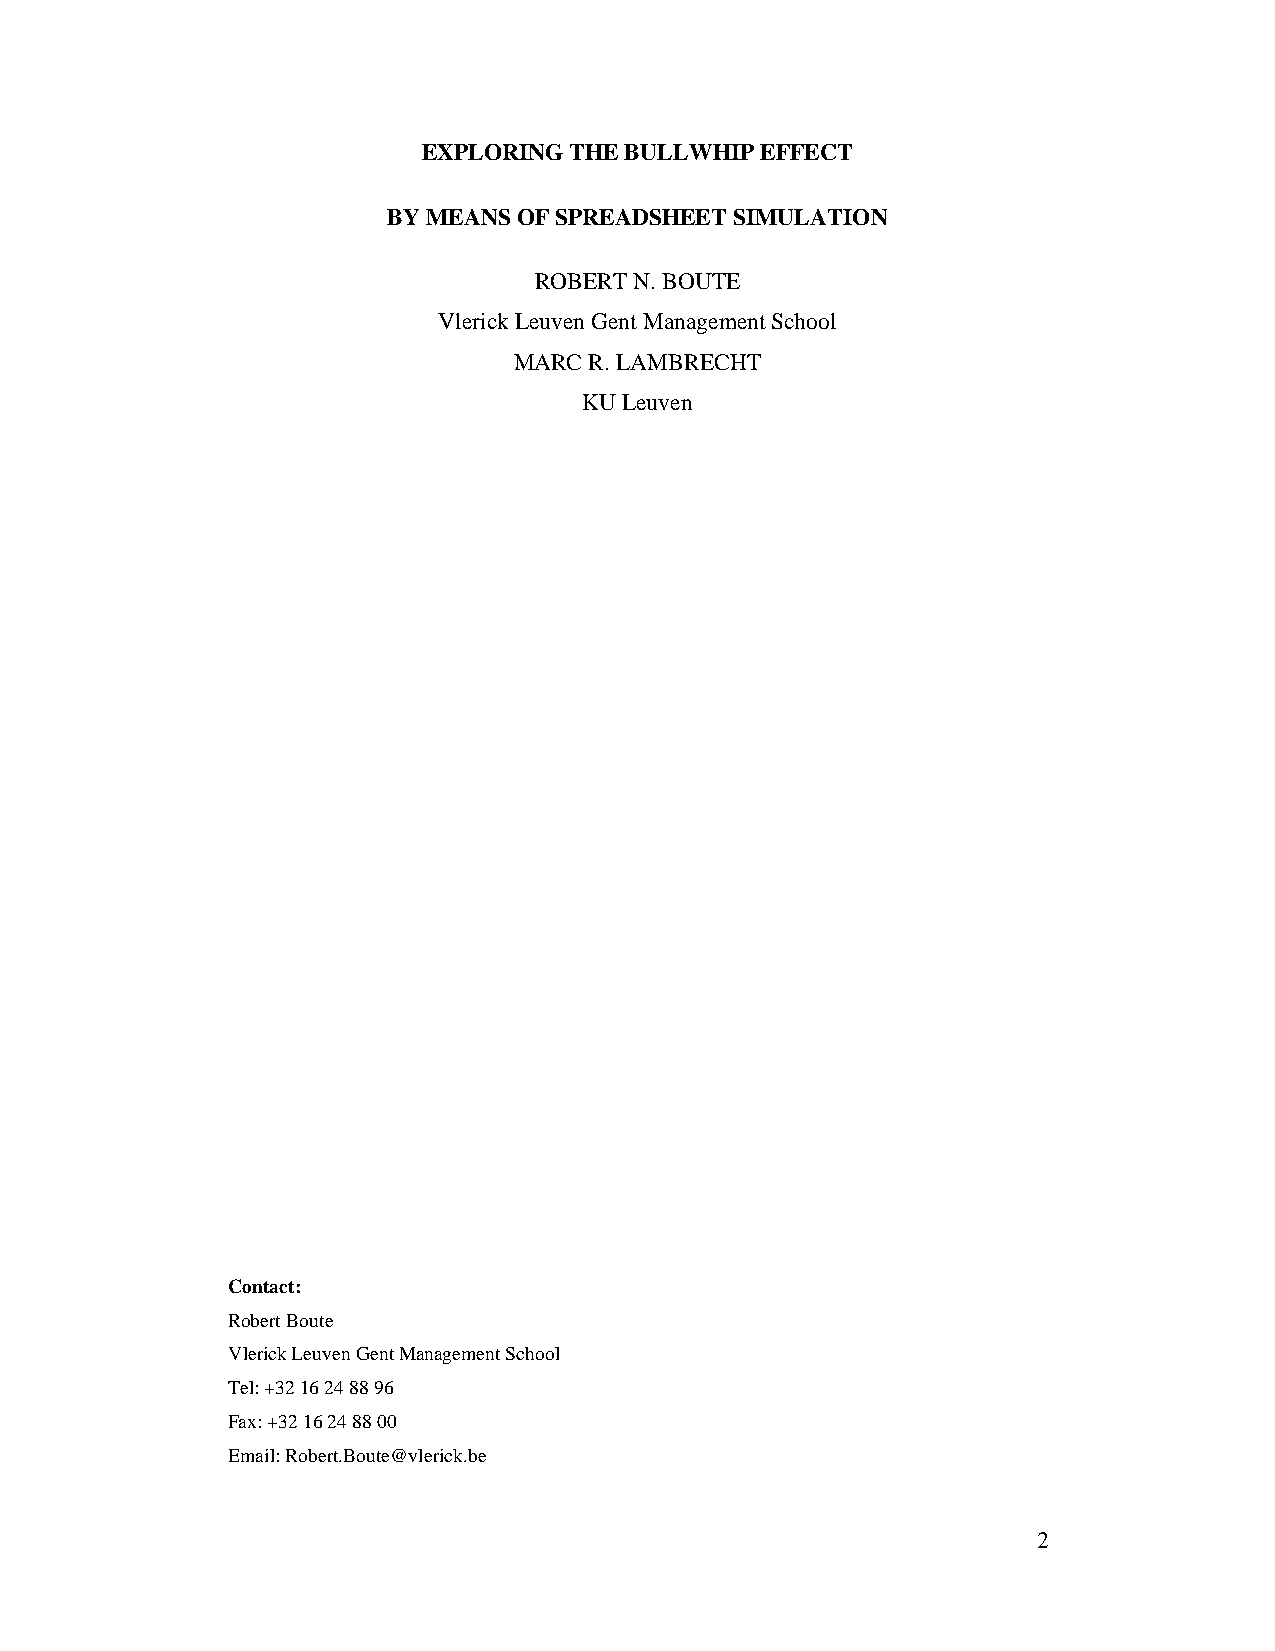
EXPLORING THE BULLWHIP EFFECT
 BY MEANS OF SPREADSHEET SIMULATION
 ROBERT N. BOUTE
 Vlerick Leuven Gent Management School
 MARC R. LAMBRECHT
 KU Leuven
 Contact:
 Robert Boute
 Vlerick Leuven Gent Management School
 Tel: +32 16 24 88 96
 Fax: +32 16 24 88 00
 Email: Robert.Boute@vlerick.be
 2